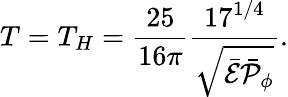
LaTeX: T=T_{H}={\frac{25}{16\pi}}{\frac{17^{1/4}}{\sqrt{\bar{\cal E}\bar{\cal P}_{\phi}}}}.